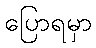
ပြောရမှာ